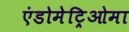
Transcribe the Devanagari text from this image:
एंडोमेट्रिओमा